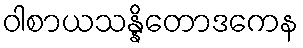
ဝါစာယသန္နိတောဒကေန